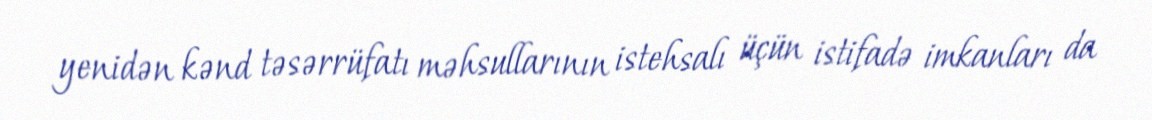
yenidən kənd təsərrüfatı məhsullarının istehsalı üçün istifadə imkanları da